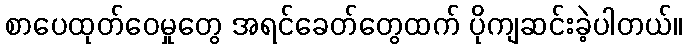
စာပေထုတ်ဝေမှုတွေ အရင်ခေတ်တွေထက် ပိုကျဆင်းခဲ့ပါတယ်။